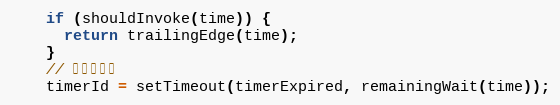
Language: JavaScript
    if (shouldInvoke(time)) {
      return trailingEdge(time);
    }
    // 重启定时器
    timerId = setTimeout(timerExpired, remainingWait(time));